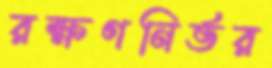
রক্ষণনির্ভর